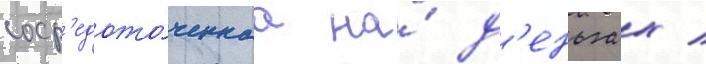
соср'едото́ченнаа на́ д'еньгах /